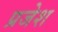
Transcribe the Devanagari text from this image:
प्रजेश